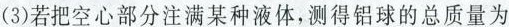
(3)若把空心部分注满某种液体，测得铝球的总质量为